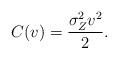
LaTeX: \begin{align*}C(v)=\frac{\sigma_Z^2v^2}{2}.\end{align*}